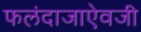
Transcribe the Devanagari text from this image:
फलंदाजाऐवजी